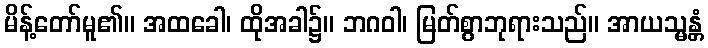
မိန့်တော်မူ၏။ အထခေါ၊ ထိုအခါ၌။ ဘဂဝါ၊ မြတ်စွာဘုရားသည်။ အာယသ္မန္တံ